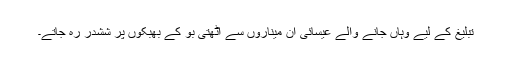
تبلیغ کے لیے وہاں جانے والے عیسائی ان میناروں سے اٹھتی بو کے بھبکوں پر ششدر رہ جاتے۔